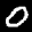
Digit: 0